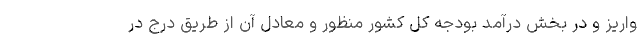
واریز و در بخش درآمد بودجه کل کشور منظور و معادل آن از طریق درج در